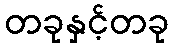
တခုနှင့်တခု